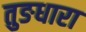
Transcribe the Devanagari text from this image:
तुङधारा